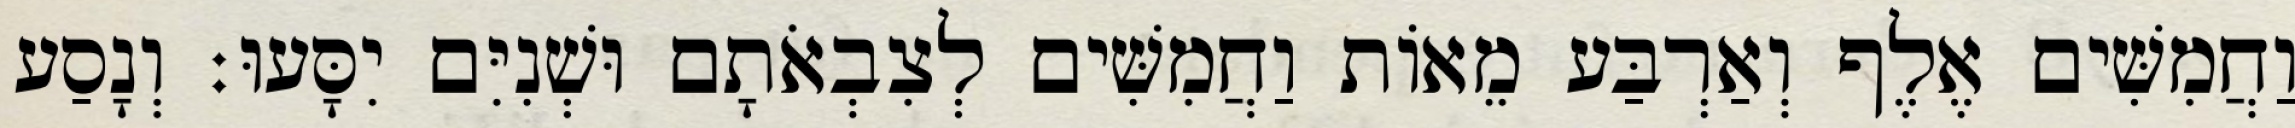
וַחֲמִשִּׁים אֶלֶף וְאַרְבַּע מֵאוֹת וַחֲמִשִּׁים לְצִבְאֹתָם וּשְׁנִיִּם יִסָּעוּ׃ וְנָסַע